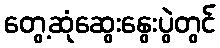
တွေ့ဆုံဆွေးနွေးပွဲတွင်